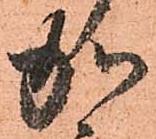
加